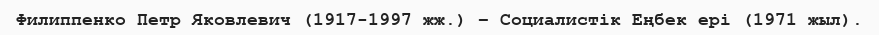
Филиппенко Петр Яковлевич (1917-1997 жж.) – Социалистік Еңбек ері (1971 жыл).